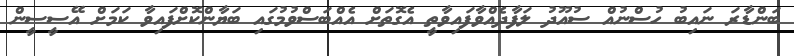
ބަންޑާރަ ނައިބު ހުސްނުއް ސުއޫދު ލަފާދެއްވާފައިވާތީ އެގޮތަށް އެއްބަސްވުމުގައި ބަޔާންކޮށްފައިވާ ކަމަށް އޭސީސީން